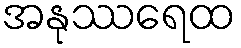
အနုဿရေထ